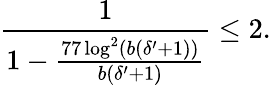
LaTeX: \frac{1}{1-\frac{77\log^{2}(b(\delta^{\prime}+1))}{b(\delta^{\prime}+1)}}\leq 2.